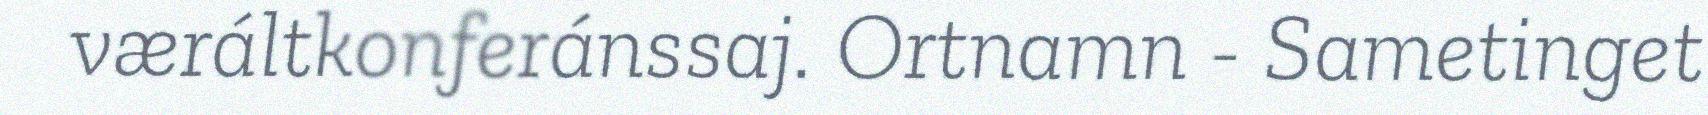
væráltkonferánssaj. Ortnamn - Sametinget